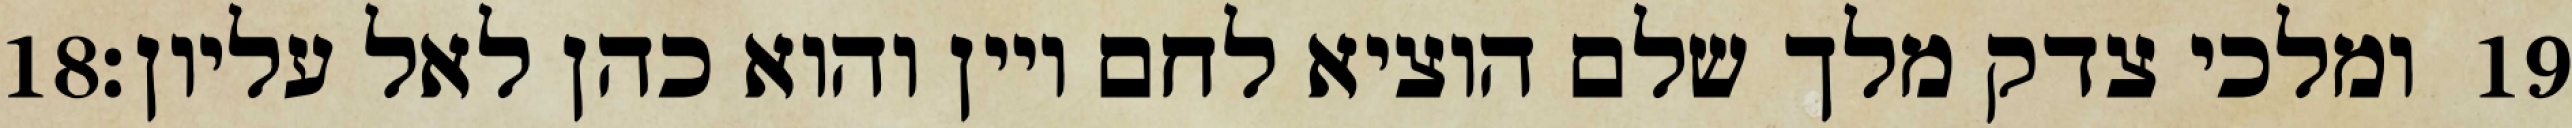
‎18‏ ומלכי צדק מלך שלם הוציא לחם ויין והוא כהן לאל עליון׃ ‎19‏